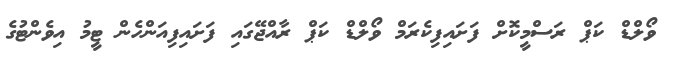
ވޯލްޑް ކަޕް ރަސްމީކޮށް ފަށައިފިކެރަމް ވޯލްޑް ކަޕް ރާއްޖޭގައި ފަށައިފިއަންހެން ޓީމު އިވެންޓުގެ